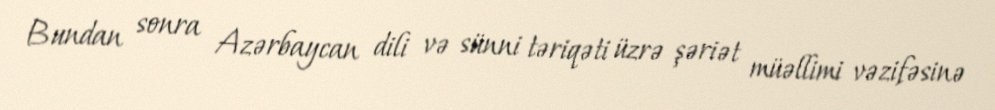
Bundan sonra Azərbaycan dili və sünni təriqəti üzrə şəriət müəllimi vəzifəsinə